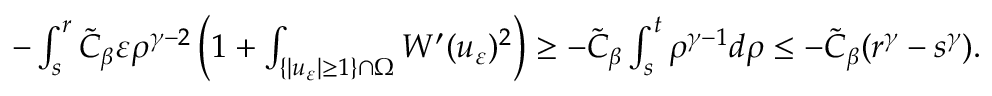
\begin{array} { r } { - \int _ { s } ^ { r } \tilde { C } _ { \beta } \varepsilon \rho ^ { \gamma - 2 } \left( 1 + \int _ { \{ | u _ { \varepsilon } | \geq 1 \} \cap \Omega } W ^ { \prime } ( u _ { \varepsilon } ) ^ { 2 } \right) \geq - \tilde { C } _ { \beta } \int _ { s } ^ { t } \rho ^ { \gamma - 1 } d \rho \leq - \tilde { C } _ { \beta } ( r ^ { \gamma } - s ^ { \gamma } ) . } \end{array}